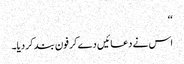
‘‘
اس نے دعائیں دے کر فون بند کر دیا۔